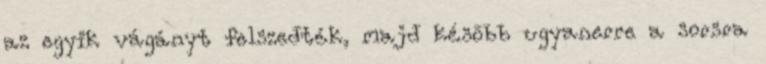
az egyik vágányt felszedték, majd késõbb ugyanerre a sorsra